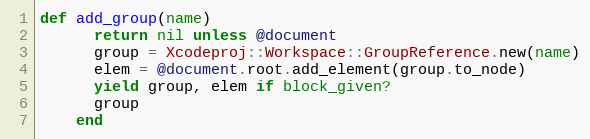
Language: Ruby
def add_group(name)
      return nil unless @document
      group = Xcodeproj::Workspace::GroupReference.new(name)
      elem = @document.root.add_element(group.to_node)
      yield group, elem if block_given?
      group
    end